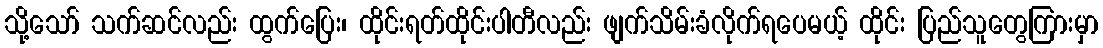
သို့သော် သက်ဆင်လည်း ထွက်ပြေး၊ ထိုင်းရတ်ထိုင်းပါတီလည်း ဖျက်သိမ်းခံလိုက်ရပေမယ့် ထိုင်း ပြည်သူတွေကြားမှာ